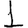
Digit: 1